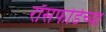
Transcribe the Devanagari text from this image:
रॉसफोर्डच्या